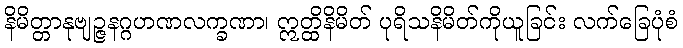
နိမိတ္တာနုဗျဉ္ဇနဂ္ဂဟဏလက္ခဏာ၊ ဣတ္ထိနိမိတ် ပုရိသနိမိတ်ကိုယူခြင်း လက်ခြေပုံစံ